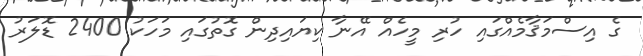
ގެ އިސްމަޤާމެއްގައި ހުރި މީހެއް އޭނާ ކިޔައިދިން ގޮތުގައި މަހަކު 2400 ޑޮލަރު